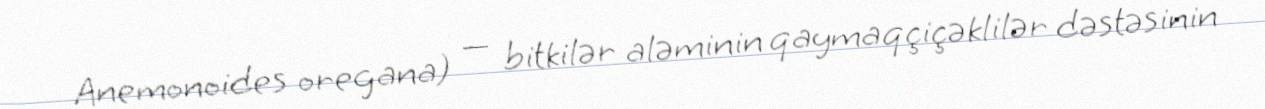
Anemonoides oregana) — bitkilər aləminin qaymaqçiçəklilər dəstəsinin